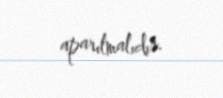
aparılmalıdır.